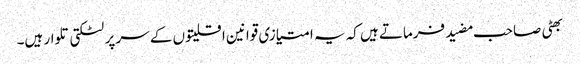
بھٹی صاحب مضید فرماتے ہیں کہ یہ امتیازی قوانین اقلیتوں کے سر پر لٹکتی تلوار ہیں۔